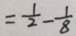
= \frac { 1 } { 2 } - \frac { 1 } { 8 }